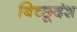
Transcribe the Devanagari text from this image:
बिच्छूदंश